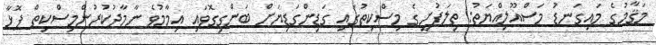
މަޤާމުގެ މައިގަނޑު މަސްއޫލިއްޔަތު: ތިލަފުށީގެ މިސްކިތުގައި ގަޑިންގަޑިޔަށް ބަންގިގޮވައި އިމާމުވެ ނާމާދުކުރުންމިސްކިތް ފޮޅާ